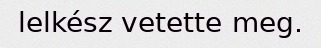
lelkész vetette meg.